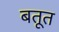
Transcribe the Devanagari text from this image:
बतूत